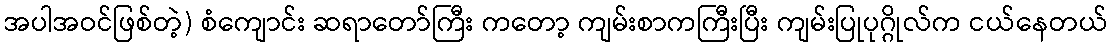
အပါအဝင်ဖြစ်တဲ့) စံကျောင်း ဆရာတော်ကြီး ကတော့ ကျမ်းစာကကြီးပြီး ကျမ်းပြုပုဂ္ဂိုလ်က ငယ်နေတယ်